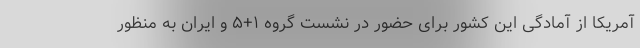
آمریکا از آمادگی این کشور برای حضور در نشست گروه ۱+۵ و ایران به منظور